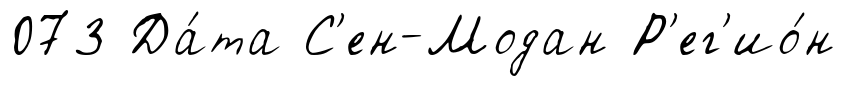
073 Да́та С'ен-Модан Р'ег'ио́н